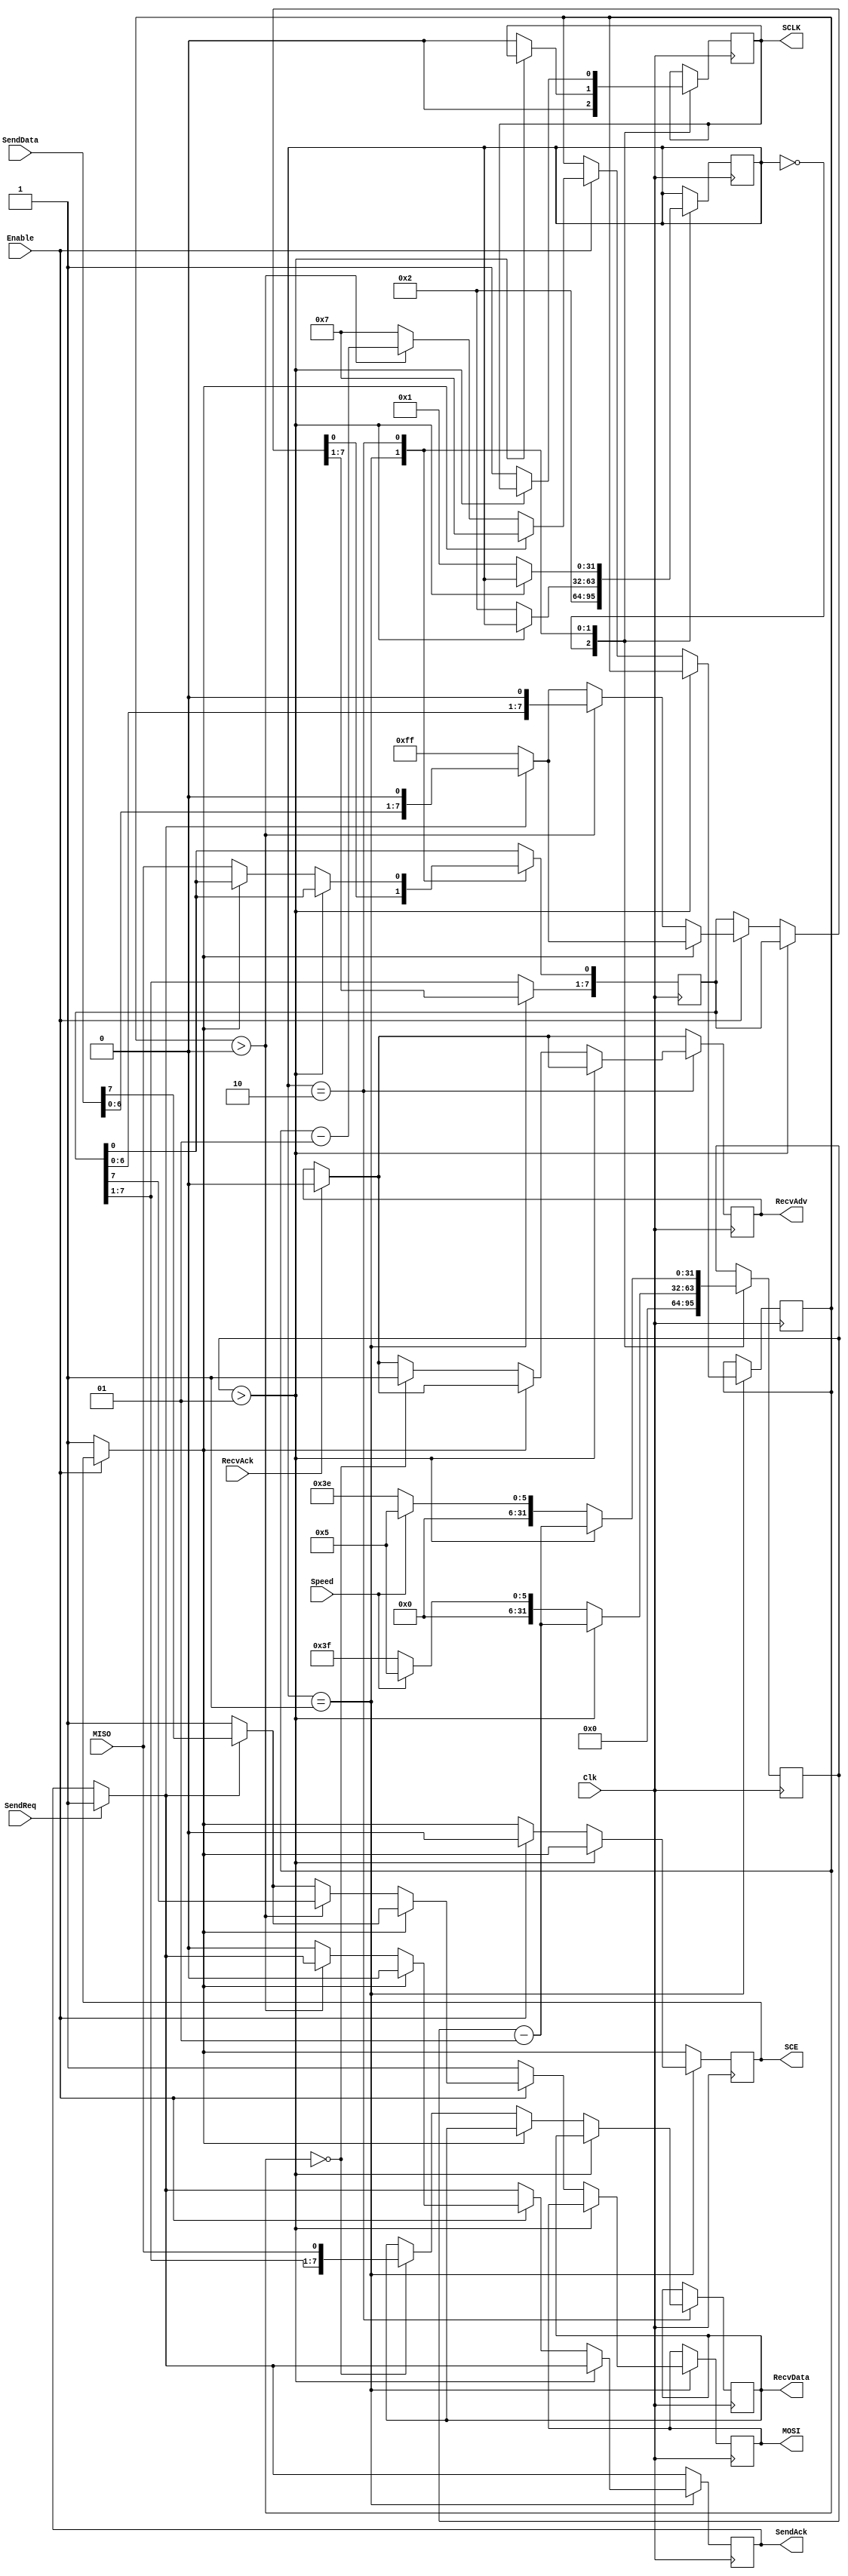
`timescale 1ns / 1ps
//////////////////////////////////////////////////////////////////////////////////
// Company: 
// Engineer: 
// 
// Design Name: 
// Module Name:    SPI 
// Project Name: 
// Target Devices: 
// Tool versions: 
// Description: 
//
// Dependencies: 
//
// Revision: 
// Revision 0.01 - File Created
// Additional Comments: 
//
//////////////////////////////////////////////////////////////////////////////////
module SPI
( input Clk,
  // SPI Host interface
  output reg MOSI,
  input MISO,
  output reg SCLK,
  output reg SCE,
  // Controller interface
  input Enable,
  input Speed,             // 0:LowSpeed  1:HighSpeed
  input [7:0] SendData,
  input SendReq,
  output reg SendAck,
  output reg [7:0] RecvData,
  output reg RecvAdv,
  input RecvAck
);

  // ClkPeriod = Clk period in ns, default 20ns = 50MHz 
  parameter real ClkPeriod = 20.0;
  // Low Speed = 400KHz
  `define LO_SPEED_TICKS_UP	$rtoi(((1.00 / 400000.00) / (ClkPeriod * 1.0E-9)) / 2.00)  
  `define LO_SPEED_TICKS_DW	($rtoi((1.00 / 400000.00) / (ClkPeriod * 1.0E-9)) - `LO_SPEED_TICKS_UP)
  // High Speed = 5MHz
  `define HI_SPEED_TICKS_UP	$rtoi(((1.00 / 5000000.00) / (ClkPeriod * 1.0E-9)) / 2.00)  
  `define HI_SPEED_TICKS_DW	($rtoi((1.00 / 5000000.00) / (ClkPeriod * 1.0E-9)) - `HI_SPEED_TICKS_UP)

  integer ClkCounter;
  integer ClkStatus;
  integer Counter;
  reg [7:0] ShiftReg;

  initial
    begin
	   ClkCounter = 0;
		ClkStatus = 0;
		MOSI = 1;
		SCLK = 0;
		SCE = 1;
		SendAck = 0;
		ShiftReg = 8'hFF;
	 end
	 
  always @(posedge Clk)
    begin
		if (SendReq == 1) SendAck = 1; else begin end
      if (RecvAck == 1) RecvAdv = 0; else begin end 
		if (Enable == 0) SCE = 1; else begin end
	   case(ClkStatus)
		  0: begin
		       ClkCounter = 0;
				 SCLK = 0;
				 ClkStatus = 2;
		     end
		  1: begin
		       if (ClkCounter > 1) ClkCounter = ClkCounter - 1;
			    else begin
				        ClkCounter = (Speed == 0) ? `LO_SPEED_TICKS_DW : `HI_SPEED_TICKS_DW;
						  SCLK = 0;
						  ClkStatus = 2;
						  // SCLK negedge -- SPI Shift
						  if (Enable == 1)
						    begin
						      if (SCE == 1)
						        begin
							       SCE = 0;
								    if (SendAck == 1)
                              begin
									     ShiftReg = {SendData[6:0],1'b0};
										  MOSI = SendData[7];
								        SendAck = 0;
                              end
                            else 
									   begin
									     ShiftReg = 8'b11111111;
										  MOSI = 1;
										end
                            Counter = 7;
							     end
						      else
						        begin
							       if (Counter > 0) 
								      begin
								        Counter = Counter - 1;
									     MOSI = ShiftReg[7];
										  ShiftReg = {ShiftReg[6:0],1'b0};
								      end
								    else
								      begin
								        if (SendAck == 1)
                                  begin
									         ShiftReg = {SendData[6:0],1'b0};
												MOSI = SendData[7];
								            SendAck = 0;
                                  end
                                else
                                  begin										  
										      ShiftReg = 8'b11111111;
												MOSI = 1;
											 end
                                Counter = 7;
								      end
							     end
							 end
                    else MOSI = 1;							 
				      end
		     end
		  2: begin
		       if (ClkCounter > 1) ClkCounter = ClkCounter - 1;
			    else begin
				        ClkCounter = (Speed == 0) ? `LO_SPEED_TICKS_UP : `HI_SPEED_TICKS_UP;
						  SCLK = 1;
						  ClkStatus = 1;
  					     // SCLK posedge -- SPI Latch
						  if (SCE == 0) 
						    begin
							   ShiftReg[0] = MISO;
								if (Counter == 0)
								  begin
								    RecvData = ShiftReg;
									 RecvAdv = 1;
								  end
								else begin
								     end
							 end
						  else begin
						       end
				      end
		     end
		endcase
	 end

endmodule